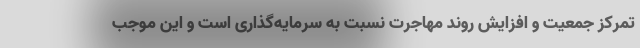
تمرکز جمعیت و افزایش روند مهاجرت نسبت به سرمایه‌گذاری است و این موجب